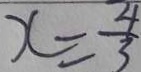
x = - \frac { 4 } { 3 }